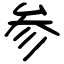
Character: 参